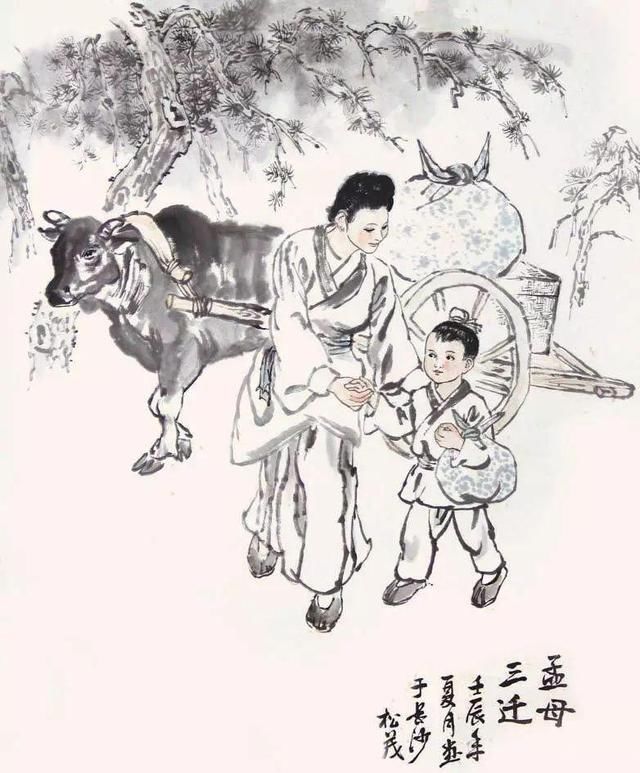
易其田畴，薄其税敛，民可使富也。